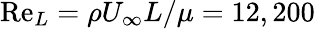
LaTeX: \mathrm{Re}_{L}=\rho U_{\infty}L/\mu=12,200